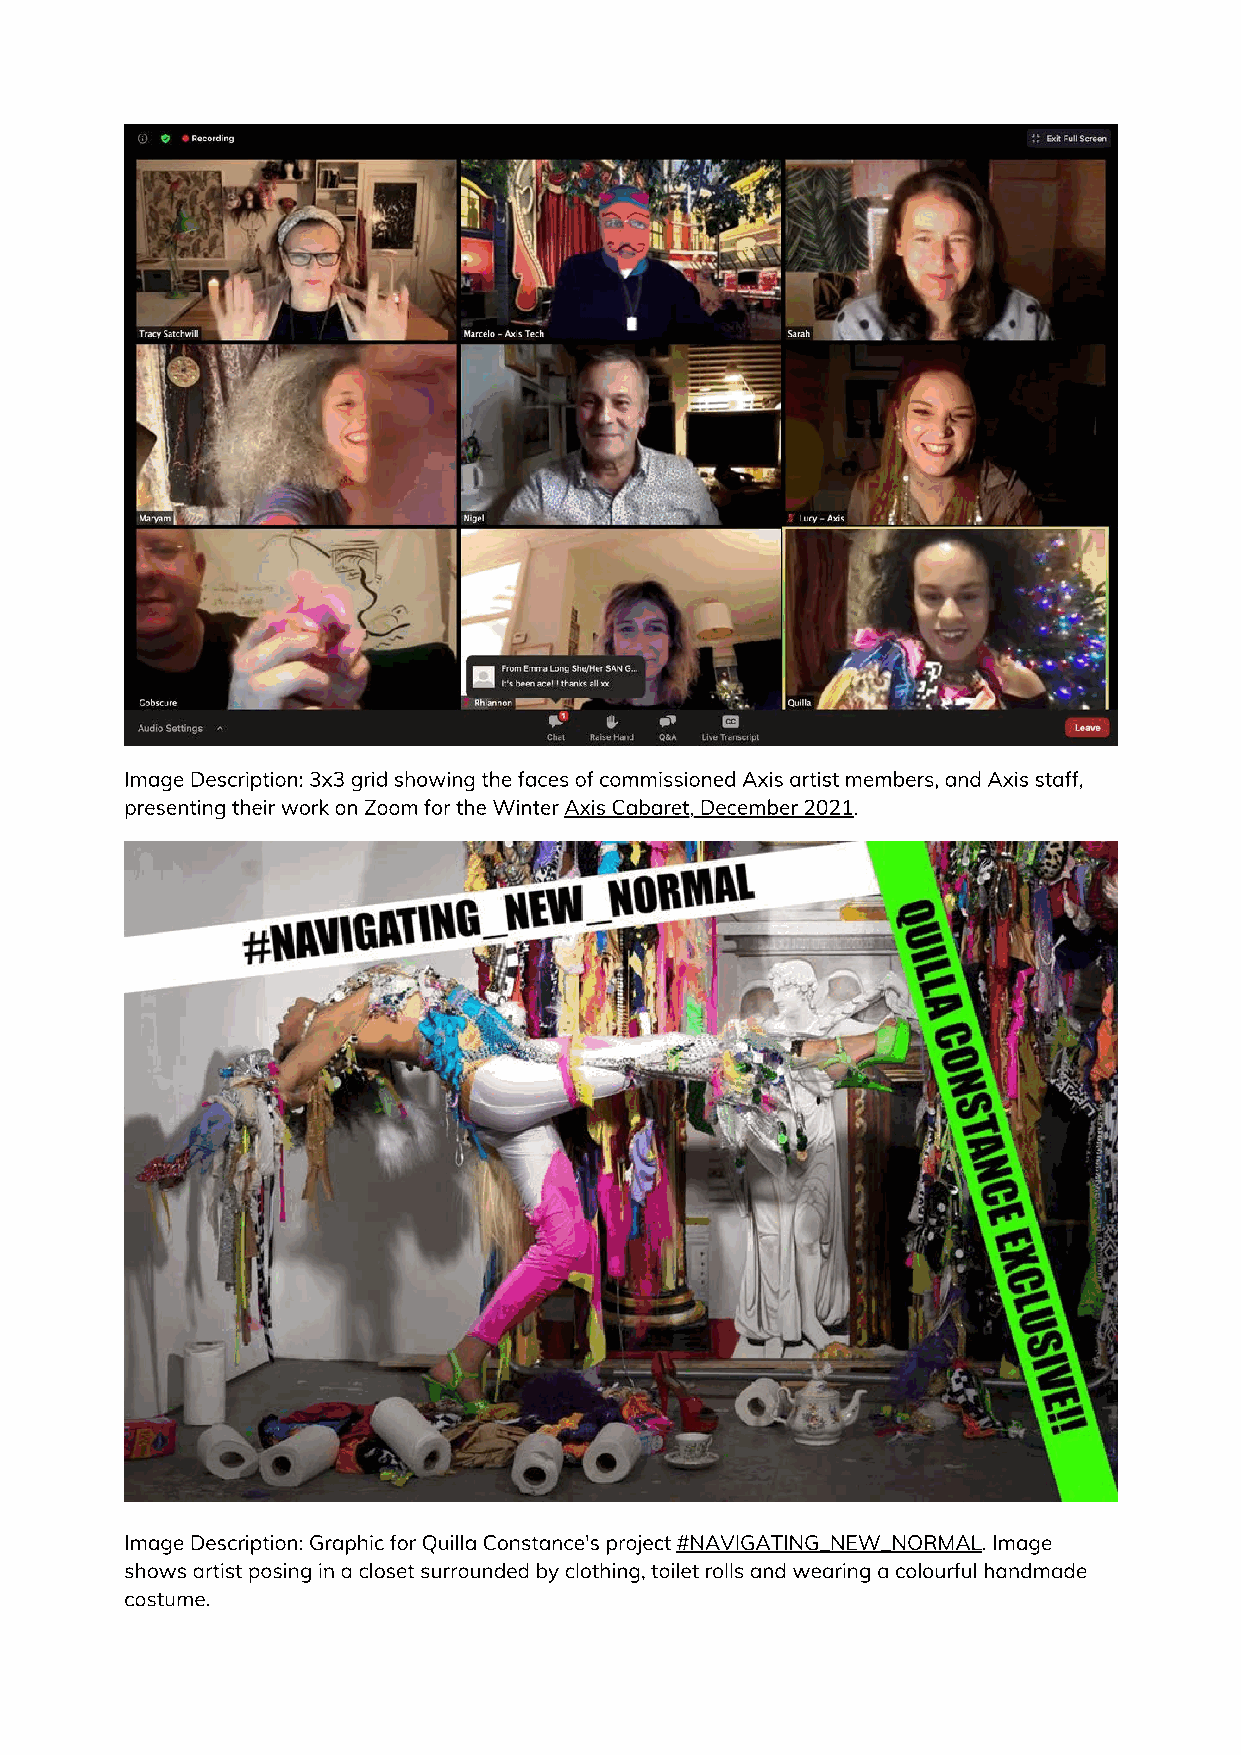
Image Description: 3x3 grid showing the faces of commissioned Axis artist members, and Axis staff,
 presenting their work on Zoom for the Winter Axis Cabaret, December 2021.
 Image Description: Graphic for Quilla Constance's project #NAVIGATING_NEW_NORMAL. Image
 shows artist posing in a closet surrounded by clothing, toilet rolls and wearing a colourful handmade
 costume.